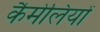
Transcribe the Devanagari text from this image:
कैमेलियों